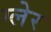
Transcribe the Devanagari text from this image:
ग्लेर